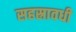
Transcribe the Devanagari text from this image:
सहस्रावधी